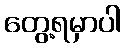
တွေ့ရမှာပါ